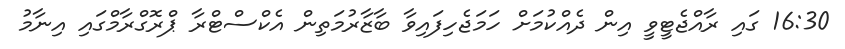
16:30 ގައި ރާއްޖެޓީވީ އިން ދެއްކުމަށް ހަމަޖެހިފައިވާ ބާޒާރުމަތިން އެކްސްޓްރާ ޕްރޮގްރާމްގައި އިނާމު